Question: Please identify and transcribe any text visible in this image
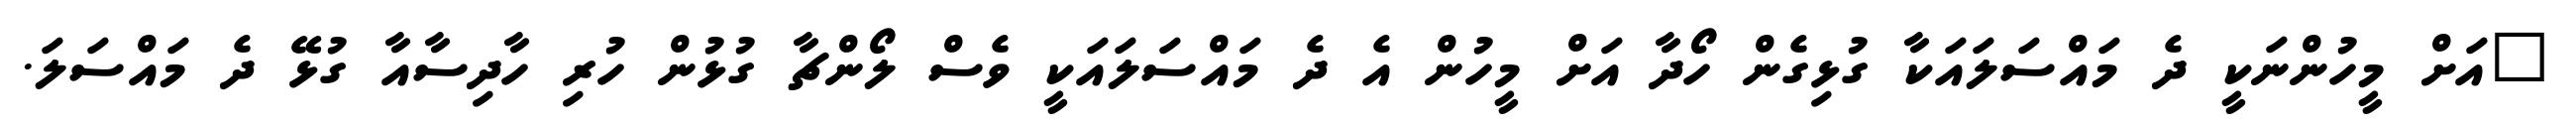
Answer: "އަށް މީހުންނަކީ ދެ މައްސަލައަކާ ގުޅިގެން ހޯދާ އަށް މީހުން އެ ދެ މައްސަލައަކީ ވެސް ލޯންޗާ ގުޅުން ހުރި ހާދިސާއާ ގުޅޭ ދެ މައްސަލަ.